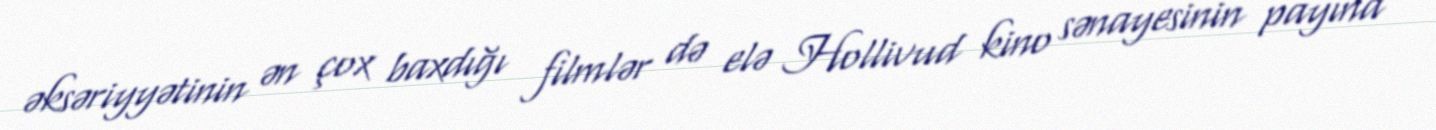
əksəriyyətinin ən çox baxdığı filmlər də elə Hollivud kino sənayesinin payına